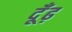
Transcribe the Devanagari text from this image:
दूँढ़